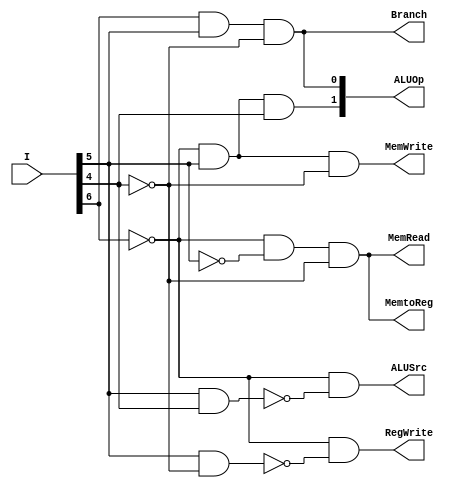
`timescale 1ns / 1ps
//////////////////////////////////////////////////////////////////////////////////
// Company: 
// Engineer: 
// 
// Design Name: 
// Module Name:    CONTROL_UNIT 
// Project Name: 
// Target Devices: 
// Tool versions: 
// Description: 
//
// Dependencies: 
//
// Revision: 
// Revision 0.01 - File Created
// Additional Comments: 
//
//////////////////////////////////////////////////////////////////////////////////
module CONTROL_UNIT(
    output ALUSrc,
    output MemtoReg,
    output RegWrite,
    output MemRead,
    output MemWrite,
    output Branch,
    output [1:0] ALUOp,
    input [6:0] I
    );
		//local nets
		wire and_output;
		
		//internal gate
		and(and_output1, I[5], I[4]);
		and(and_output2, I[5], ~I[4]);
		
		//structural code
		and(ALUSrc, ~I[6], ~and_output1);
		and(MemtoReg, ~I[6], ~I[5], ~I[4]);
		and(RegWrite, ~I[6], ~and_output2);
		and(MemRead, ~I[6], ~I[5], ~I[4]);
		and(MemWrite, ~I[6], I[5], ~I[4]);
		and(Branch, I[6], I[5], ~I[4]);
		and(ALUOp[1], ~I[6], I[5], I[4]);
		and(ALUOp[0], I[6], I[5], ~I[4]);

endmodule